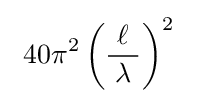
\ 40\pi ^{2}\left({\frac {\ \ell \ }{\lambda }}\right)^{2}\